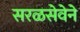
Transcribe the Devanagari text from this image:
सरळसेवेने